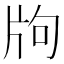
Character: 𤖵